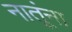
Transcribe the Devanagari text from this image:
नातूंना